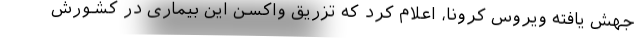
جهش یافته ویروس کرونا، اعلام کرد که تزریق واکسن این بیماری در کشورش